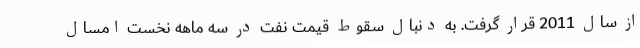
از سال 2011 قرار گرفت. به دنبال سقوط قیمت نفت در سه ماهه نخست امسال